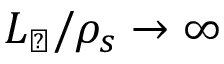
L _ { \perp } / \rho _ { s } \rightarrow \infty